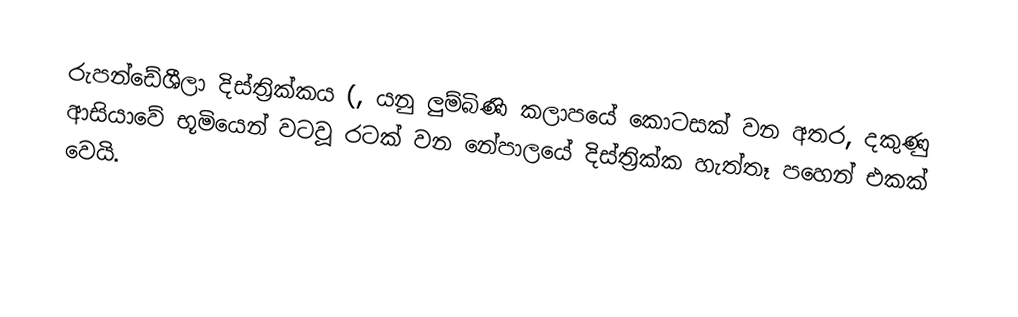
රුපන්ඩේශීලා දිස්ත්‍රික්කය (, යනු ලුම්බිණි කලාපයේ කොටසක් වන අතර,  දකුණු ආසියාවේ භූමියෙන් වටවූ රටක් වන  නේපාලයේ  දිස්ත්‍රික්ක හැත්තෑ පහෙන් එකක් වෙයි.